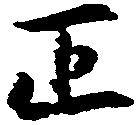
正